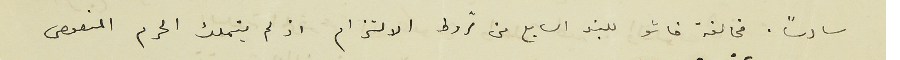
سادساً. مخالفة خاشو للبند السابع من شروط الالتزام اذ لم يتملك الحرم المنصوص